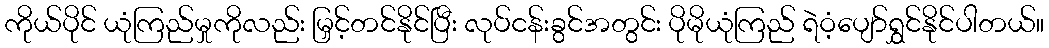
ကိုယ်ပိုင် ယုံကြည်မှုကိုလည်း မြှင့်တင်နိုင်ပြီး လုပ်ငန်းခွင်အတွင်း ပိုမိုယုံကြည် ရဲဝံ့ပျော်ရွှင်နိုင်ပါတယ်။